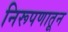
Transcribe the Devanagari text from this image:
निरूपणातून